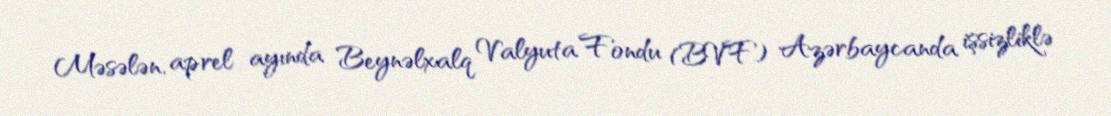
Məsələn, aprel ayında Beynəlxalq Valyuta Fondu (BVF) Azərbaycanda işsizliklə